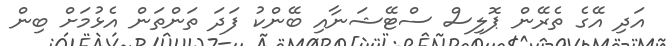
އަދި އޭގެ ތެރޭން ޕޮލިސް ސްޓޭޝަނާއި ބޭންކު ފަދަ ތަންތަން އެޅުމަށް ބިން